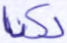
لكنا